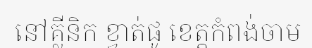
នៅគ្លីនិក ខ្វាត់ផូ ខេត្តកំពង់ចាម